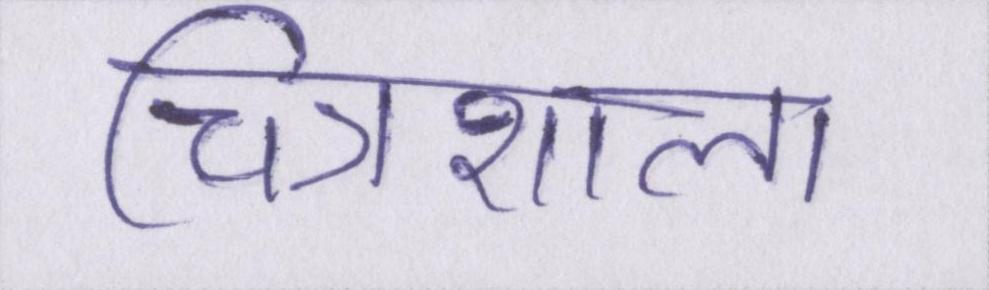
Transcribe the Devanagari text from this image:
चित्रशाला